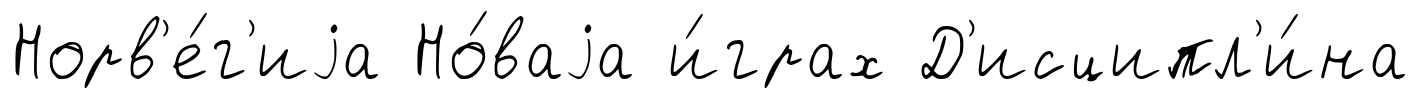
Норв'е́г'иjа Но́ваjа и́грах Д'исципл'и́на